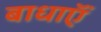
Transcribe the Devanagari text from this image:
बाधाऍं